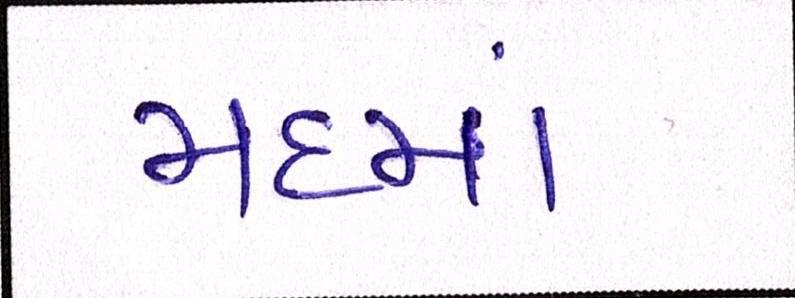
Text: મદમાં